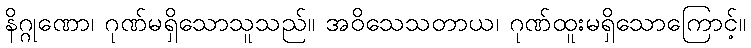
နိဂ္ဂုဏော၊ ဂုဏ်မရှိသောသူသည်။ အဝိသေသတာယ၊ ဂုဏ်ထူးမရှိသောကြောင့်။